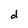
Character: d